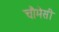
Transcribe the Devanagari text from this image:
चौमेसी